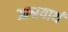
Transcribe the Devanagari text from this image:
आश्रयार्थ